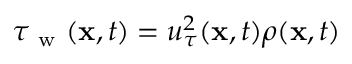
\tau _ { \mathrm { ~ w ~ } } ( \mathbf { x } , t ) = u _ { \tau } ^ { 2 } ( \mathbf { x } , t ) \rho ( \mathbf { x } , t )